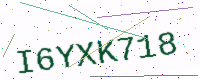
Text: I6YXK718